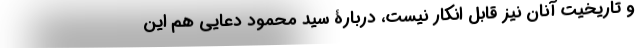
و تاریخیت آنان نیز قابل انکار نیست، دربارۀ سید محمود دعایی هم این